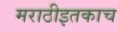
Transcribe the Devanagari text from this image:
मराठीइतकाच